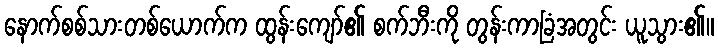
နောက်စစ်သားတစ်ယောက်က ထွန်းကျော်၏ စက်ဘီးကို တွန်းကာခြံအတွင်း ယူသွား၏။